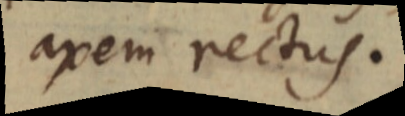
axem rectus.